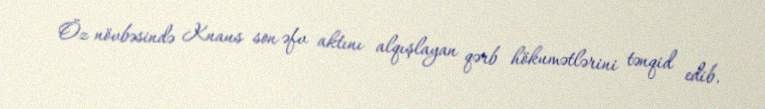
Öz növbəsində Knaus son əfv aktını alqışlayan qərb hökumətlərini tənqid edib.